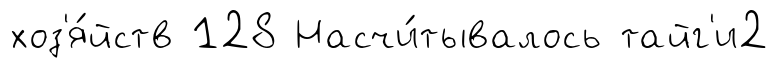
хоз'я́йств 128 Насчи́тывалось тайг'и2